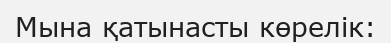
Мына қатынасты көрелік: